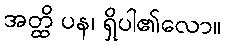
အတ္ထိ ပန၊ ရှိပါ၏လော။